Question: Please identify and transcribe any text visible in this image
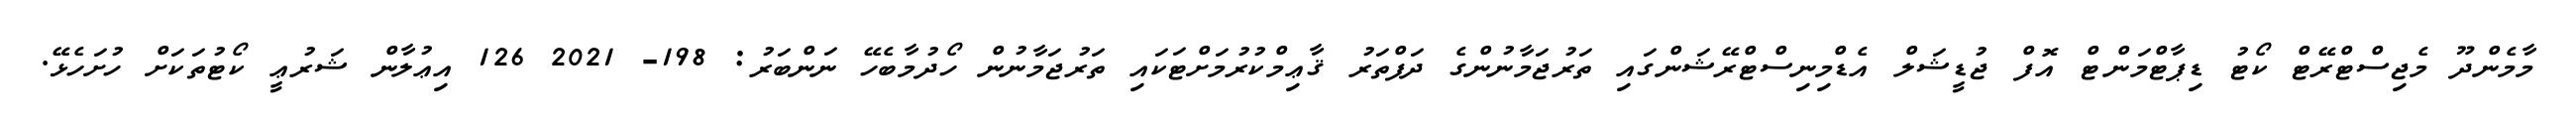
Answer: މާމެންދޫ މެޖިސްޓްރޭޓް ކޯޓު ޑިޕާޓްމަންޓް އޮފް ޖުޑީޝަލް އެޑްމިނިސްޓްރޭޝަންގައި ތަރުޖަމާނުންގެ ދަފްތަރު ޤާޢިމްކުރުމަށްޓަކައި ތަރުޖަމާނުން ހޯދުމާބެހޭ ނަންބަރު: 198- 2021 126 އިޢުލާން ޝަރުޢީ ކޯޓުތަކަށް ހުށަހެޅޭ.